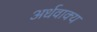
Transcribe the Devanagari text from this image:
अर्धवाक्य